Scottish Leaving Certificate Examination, 1961
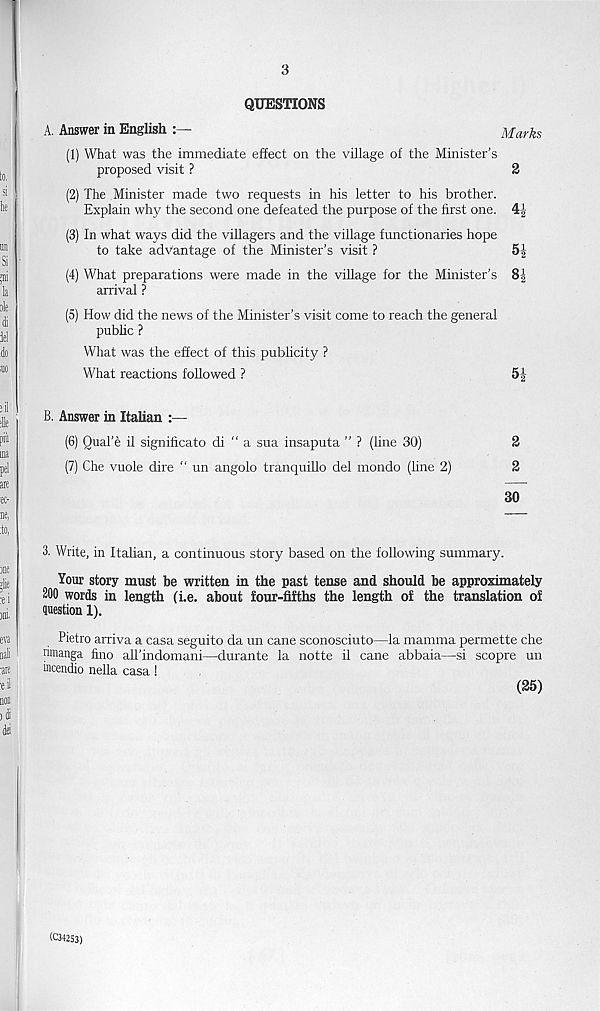
3
QUESTIONS
A. Answer in English
Marks
(1) What was the immediate effect on the village of the Minister’s
proposed visit ?
2
(2) The Minister made two requests in his letter to his brother.
Explain why the second one defeated the purpose of the first one. 4^
(3) In what ways did the villagers and the village functionaries hope
to take advantage of the Minister’s visit ?
5|
(4) What preparations were made in the village for the Minister’s 83
arrival ?
(5) How did the news of the Minister’s visit come to reach the general
public ?
What was the effect of this publicity ?
What reactions followed ?
5^
B. Answer in Italian :—
(6) Qual’e il significato di “ a sua insaputa ” ? (line 30)
2
(7) Che vuole dire “ un angolo tranquillo del mondo (line 2)
2
30
3. Write, in Italian, a continuous story based on the following summary.
Your story must be written in the past tense and should be approximately
200 words in length (i.e. about four-fifths the length of the translation of
Ouestion 1).
Pietro arriva a casa seguito da un cane sconosciuto—la mamma permette che
nmanga fino all’indomani—durante la notte il cane abbaia—si scopre un
incendio nella casa!
(25)
(034253)